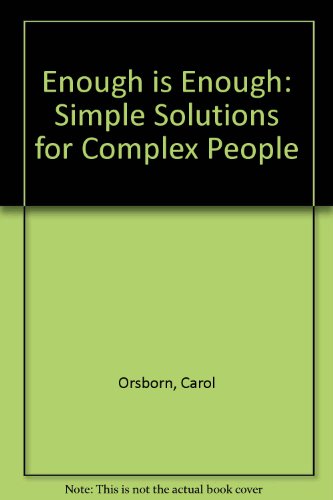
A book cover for Enough Is Enough: Simple Solutions for Complex People; Carol Orsborn; Business & Money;